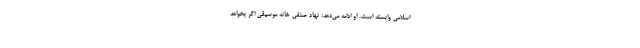
اسلامی وابسته است. او ادامه می‌دهد: نهاد صنفی خانه موسیقی اگر بخواهد